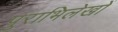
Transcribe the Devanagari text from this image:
पुराभिलेखों